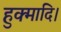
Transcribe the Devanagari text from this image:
हुक्मादि।